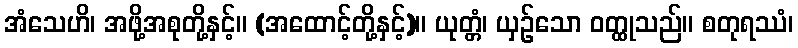
အံသေဟိ၊ အဖို့အစုတို့နှင့်။ (အထောင့်တို့နှင့်)။ ယုတ္တံ၊ ယှဉ်သော ဝတ္ထုသည်။ စတုရဿံ၊